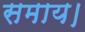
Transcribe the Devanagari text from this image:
समाय।